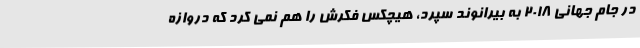
در جام جهانی 2018 به بیرانوند سپرد، هیچکس فکرش را هم نمی کرد که دروازه